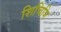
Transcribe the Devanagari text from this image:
शिचिजि